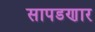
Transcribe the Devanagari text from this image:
सापडणार